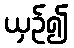
ယှဉ်၍